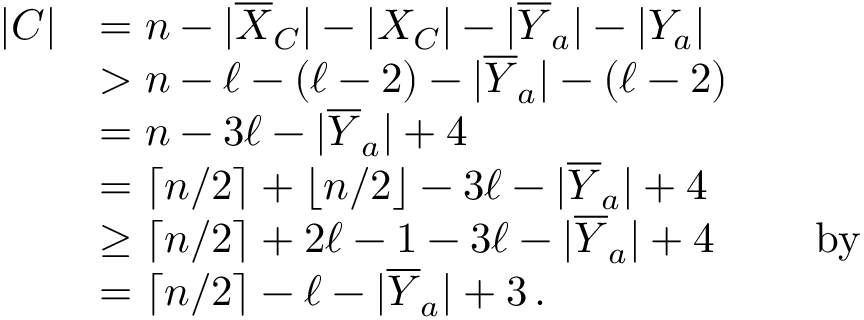
\begin{array} { r l } { | C | } & { = n - | \overline { { X } } _ { C } | - | X _ { C } | - | \overline { { Y } } _ { a } | - | Y _ { a } | } \\ & { > n - \ell - ( \ell - 2 ) - | \overline { { Y } } _ { a } | - ( \ell - 2 ) } \\ & { = n - 3 \ell - | \overline { { Y } } _ { a } | + 4 } \\ & { = \lceil n / 2 \rceil + \lfloor n / 2 \rfloor - 3 \ell - | \overline { { Y } } _ { a } | + 4 } \\ & { \geq \lceil n / 2 \rceil + 2 \ell - 1 - 3 \ell - | \overline { { Y } } _ { a } | + 4 \qquad \mathrm { ~ b y ~ } } \\ & { = \lceil n / 2 \rceil - \ell - | \overline { { Y } } _ { a } | + 3 \, . } \end{array}